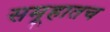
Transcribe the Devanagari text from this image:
समूहातच